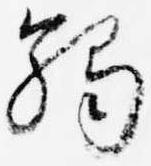
触